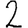
Digit: 2